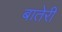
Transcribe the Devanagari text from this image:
बातेरी